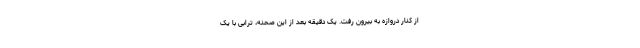
از کنار دروازه به بیرون رفت. یک دقیقه بعد از این صحنه، ترابی با یک